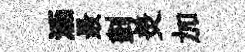
涵最劃羙加